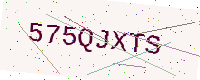
Text: 575QJXTS